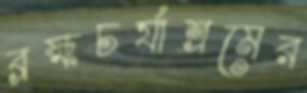
ব্রহ্মচর্যাশ্রমের